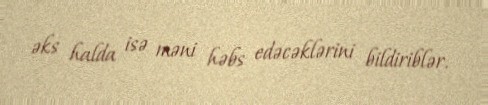
əks halda isə məni həbs edəcəklərini bildiriblər.